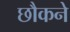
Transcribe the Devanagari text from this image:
छौकने